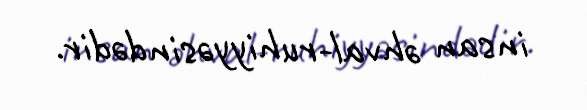
insan əhval-ruhiyyəsindədir.